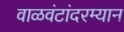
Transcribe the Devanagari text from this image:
वाळवंटांदरम्यान